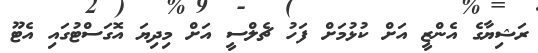
ރަޝިޔާގެ އެންޒީ އަށް ކުޅުމަށް ފަހު ޗެލްސީ އަށް މިދިޔަ އޮގަސްޓުގައި އެޓޫ